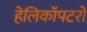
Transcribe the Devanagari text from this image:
हेलिकॉपटरों